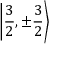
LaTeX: \left| { \frac { 3 } { 2 } } , \pm { \frac { 3 } { 2 } } \right\rangle